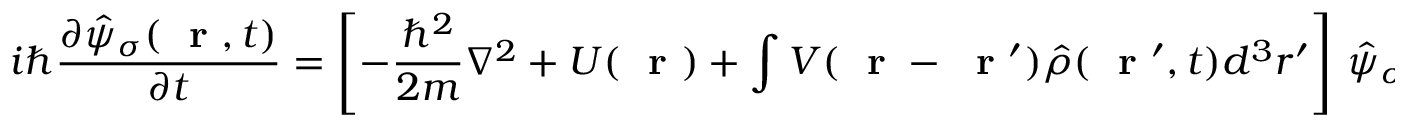
i \hbar \frac { \partial \hat { \psi } _ { \sigma } ( \mathrm { ~ \bf ~ r ~ } , t ) } { \partial t } = \left[ - \frac { \hbar ^ { 2 } } { 2 m } \nabla ^ { 2 } + U ( \mathrm { ~ \bf ~ r ~ } ) + \int V ( \mathrm { ~ \bf ~ r ~ } - \mathrm { ~ \bf ~ r ~ } ^ { \prime } ) \hat { \rho } ( \mathrm { ~ \bf ~ r ~ } ^ { \prime } , t ) d ^ { 3 } r ^ { \prime } \right] \, \hat { \psi } _ { \sigma } ( \mathrm { ~ \bf ~ r ~ } , t )